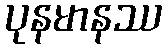
ပုနမာနဿ